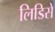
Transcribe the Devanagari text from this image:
लिडिसे